Report on the administration of the Government Cinchona Department 1892-98
Year: 1892
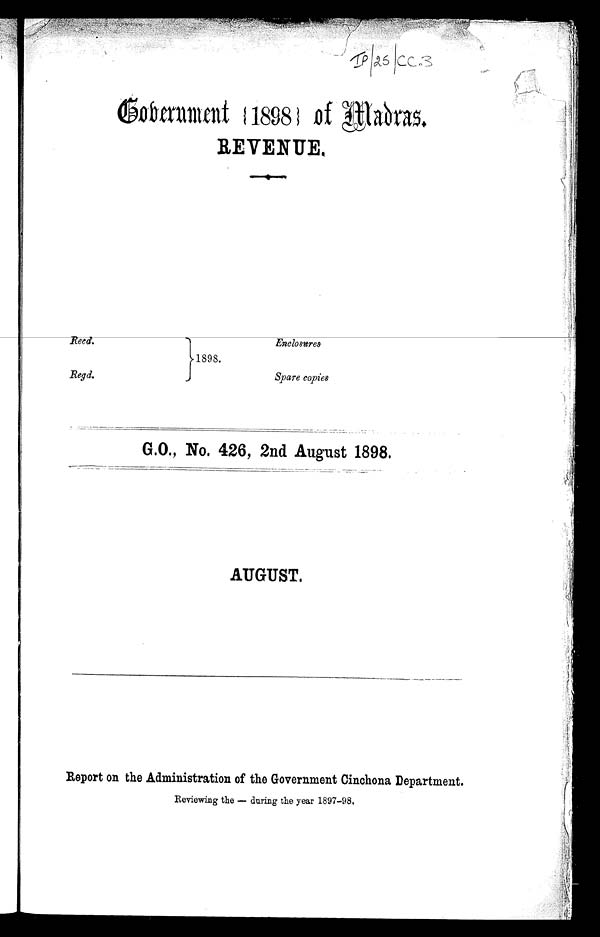
Enclosure s .
Regd.
Spare copies
IP/25/CC3
Government {1898} of Madras.
REVENUE.
1898.
G.O., No. 426, 2nd August 1898.
AUGUST,
Report on the Administration of the Government Cinchona Department.
Reviewing the — during the year 1897–98,